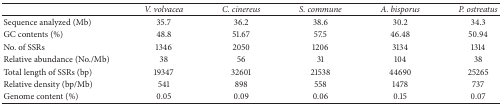
|  | V. volvacea | C. cinereus | S. commune | A. bisporus | P. ostreatus |
 | --- | --- | --- | --- | --- | --- |
 | Sequence analyzed (Mb) | 35.7 | 36.2 | 38.6 | 30.2 | 34.3 |
 | GC contents (%) | 48.8 | 51.67 | 57.5 | 46.48 | 50.94 |
 | No. of SSRs | 1346 | 2050 | 1206 | 3134 | 1314 |
 | Relative abundance (No./Mb) | 38 | 56 | 31 | 104 | 38 |
 | Total length of SSRs (bp) | 19347 | 32601 | 21538 | 44690 | 25265 |
 | Relative density (bp/Mb) | 541 | 898 | 558 | 1478 | 737 |
 | Genome content (%) | 0.05 | 0.09 | 0.06 | 0.15 | 0.07 |